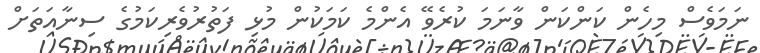
ނަމަވެސް މިހެން ކަންކަން ވާނަމަ ކުރެވޭ އެންމެ ކަމަކުން މުޅި ފަތުރުވެރިކަމުގެ ސިނާއަތަށް